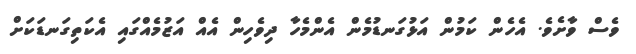
ވެސް ވާށެވެ. އެހެން ކަމުން އަޅުގަނޑުމެން އެންމެހާ ދިވެހިން އެއް އަޒުމެއްގައި އެކަތިގަނޑަކަށް